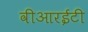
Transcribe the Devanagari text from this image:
वीआरईटी